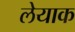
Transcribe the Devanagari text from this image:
लेयाक